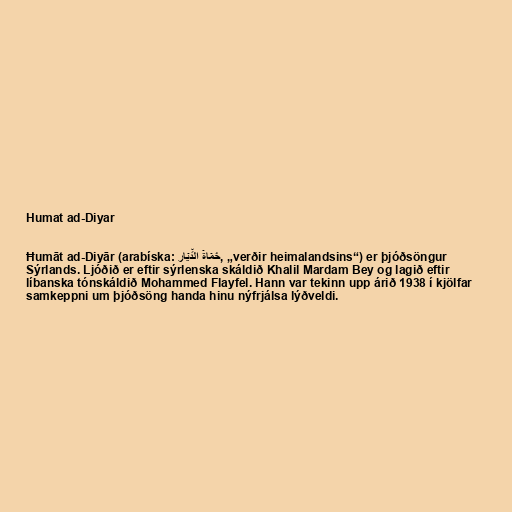
Humat ad-Diyar

Ħumāt ad-Diyār (arabíska: حُمَاةَ الدِّيَار‎, „verðir heimalandsins“) er þjóðsöngur
Sýrlands. Ljóðið er eftir sýrlenska skáldið Khalil Mardam Bey og lagið eftir
líbanska tónskáldið Mohammed Flayfel. Hann var tekinn upp árið 1938 í kjölfar
samkeppni um þjóðsöng handa hinu nýfrjálsa lýðveldi.